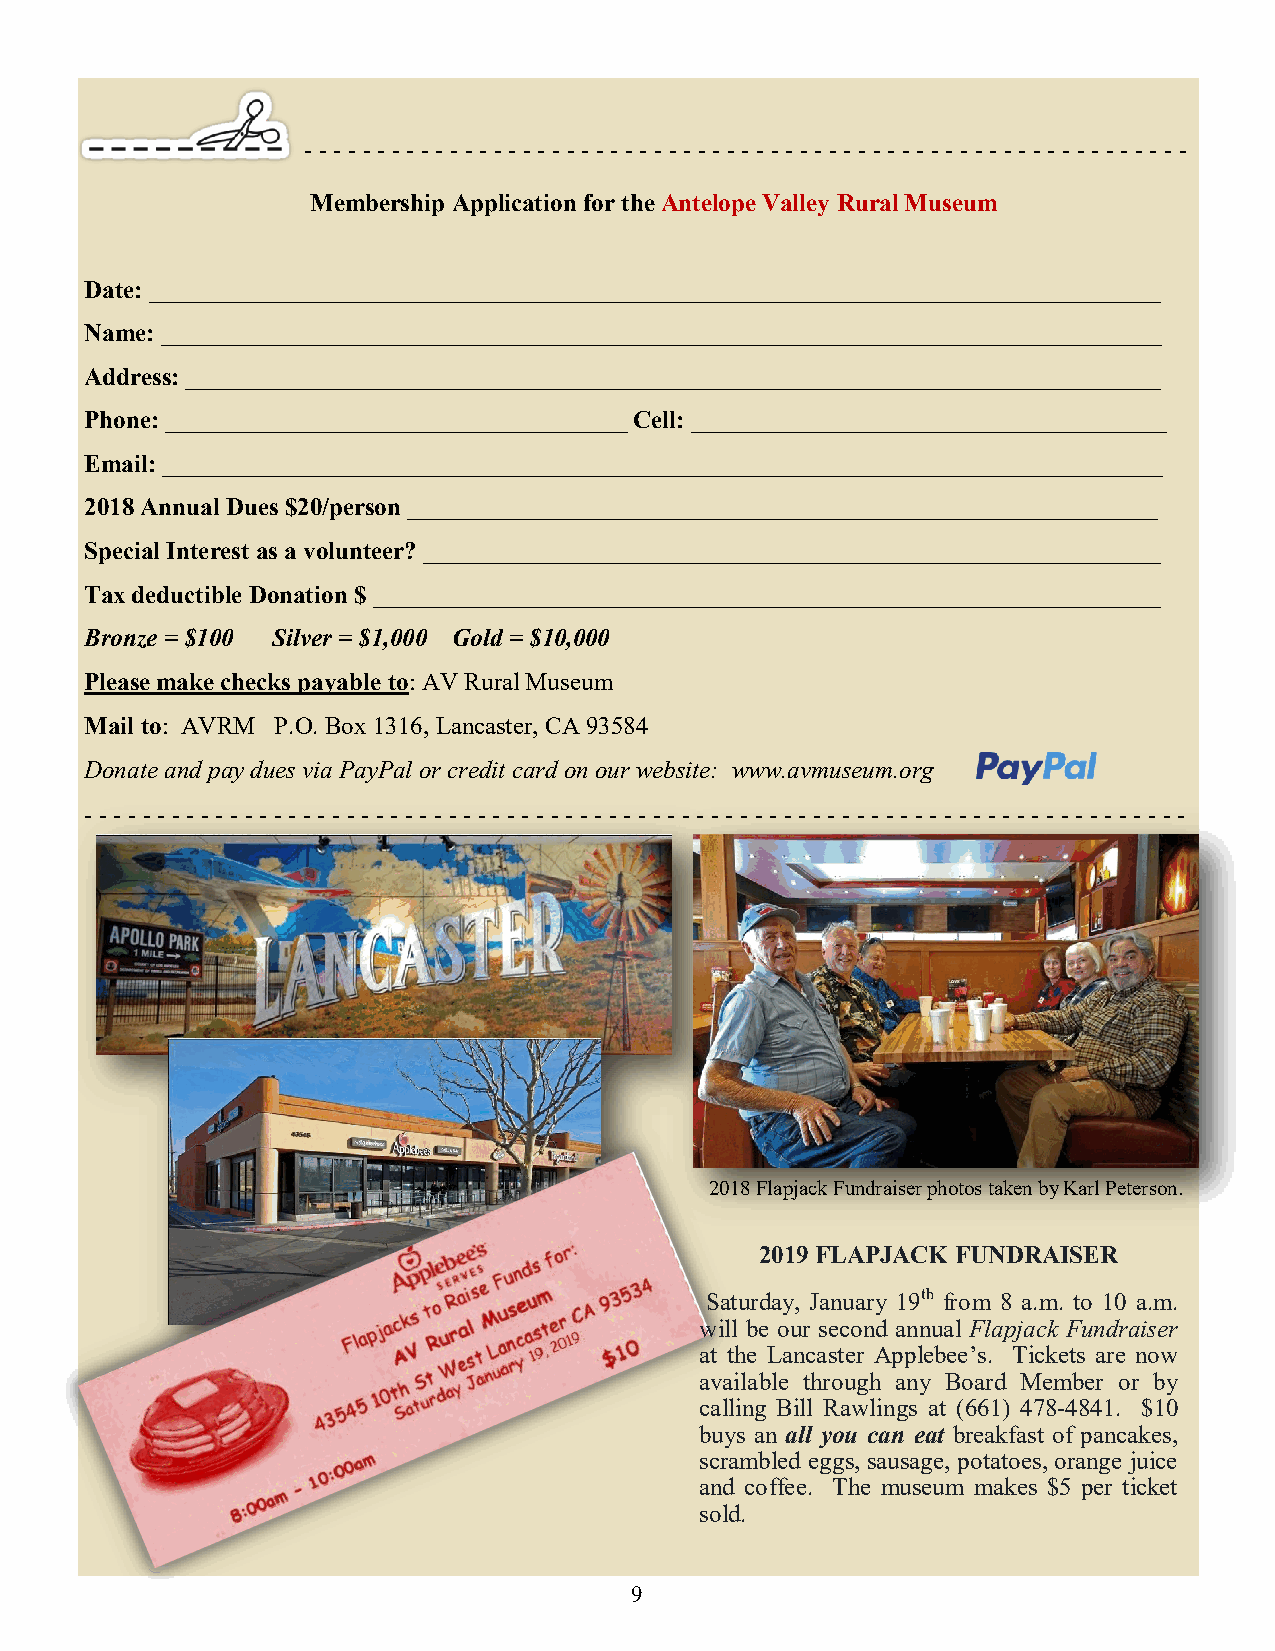
- - - - - - - - - - - - - - - - - - - - - - - - - - - - - - - - - - - - - - - - - - - - - - - - - - - - - - - - - - - - -
 Membership Application for the Antelope Valley Rural Museum
 Date: _________________________________________________________________________________
 Name: ________________________________________________________________________________
 Address: ______________________________________________________________________________
 Phone: _____________________________________ Cell: ______________________________________
 Email: ________________________________________________________________________________
 2018 Annual Dues $20/person ____________________________________________________________
 Special Interest as a volunteer? ___________________________________________________________
 Tax deductible Donation $ _______________________________________________________________
 Bronze = $100 Silver = $1,000 Gold = $10,000
 Please make checks payable to: AV Rural Museum
 Mail to: AVRM P.O. Box 1316, Lancaster, CA 93584
 Donate and pay dues via PayPal or credit card on our website: www.avmuseum.org
 - - - - - - - - - - - - - - - - - - - - - - - - - - - - - - - - - - - - - - - - - - - - - - - - - - - - - - - - - - - - - - - - - - - - - - - - - - - -
 2018 Flapjack Fundraiser photos taken by Karl Peterson.
 2019 FLAPJACK FUNDRAISER
 Saturday, January 19th from 8 a.m. to 10 a.m.
 will be our second annual Flapjack Fundraiser
 at the Lancaster Applebee’s. Tickets are now
 available through any Board Member or by
 calling Bill Rawlings at (661) 478-4841. $10
 buys an all you can eat breakfast of pancakes,
 scrambled eggs, sausage, potatoes, orange juice
 and coffee. The museum makes $5 per ticket
 sold.
 9